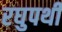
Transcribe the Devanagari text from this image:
रघुपथी